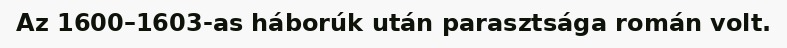
Az 1600–1603-as háborúk után parasztsága román volt.